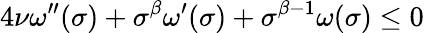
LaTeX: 4\nu\omega^{\prime\prime}(\sigma)+\sigma^{\beta}\omega^{\prime}(\sigma)+\sigma^{\beta-1}\omega(\sigma)\leq 0